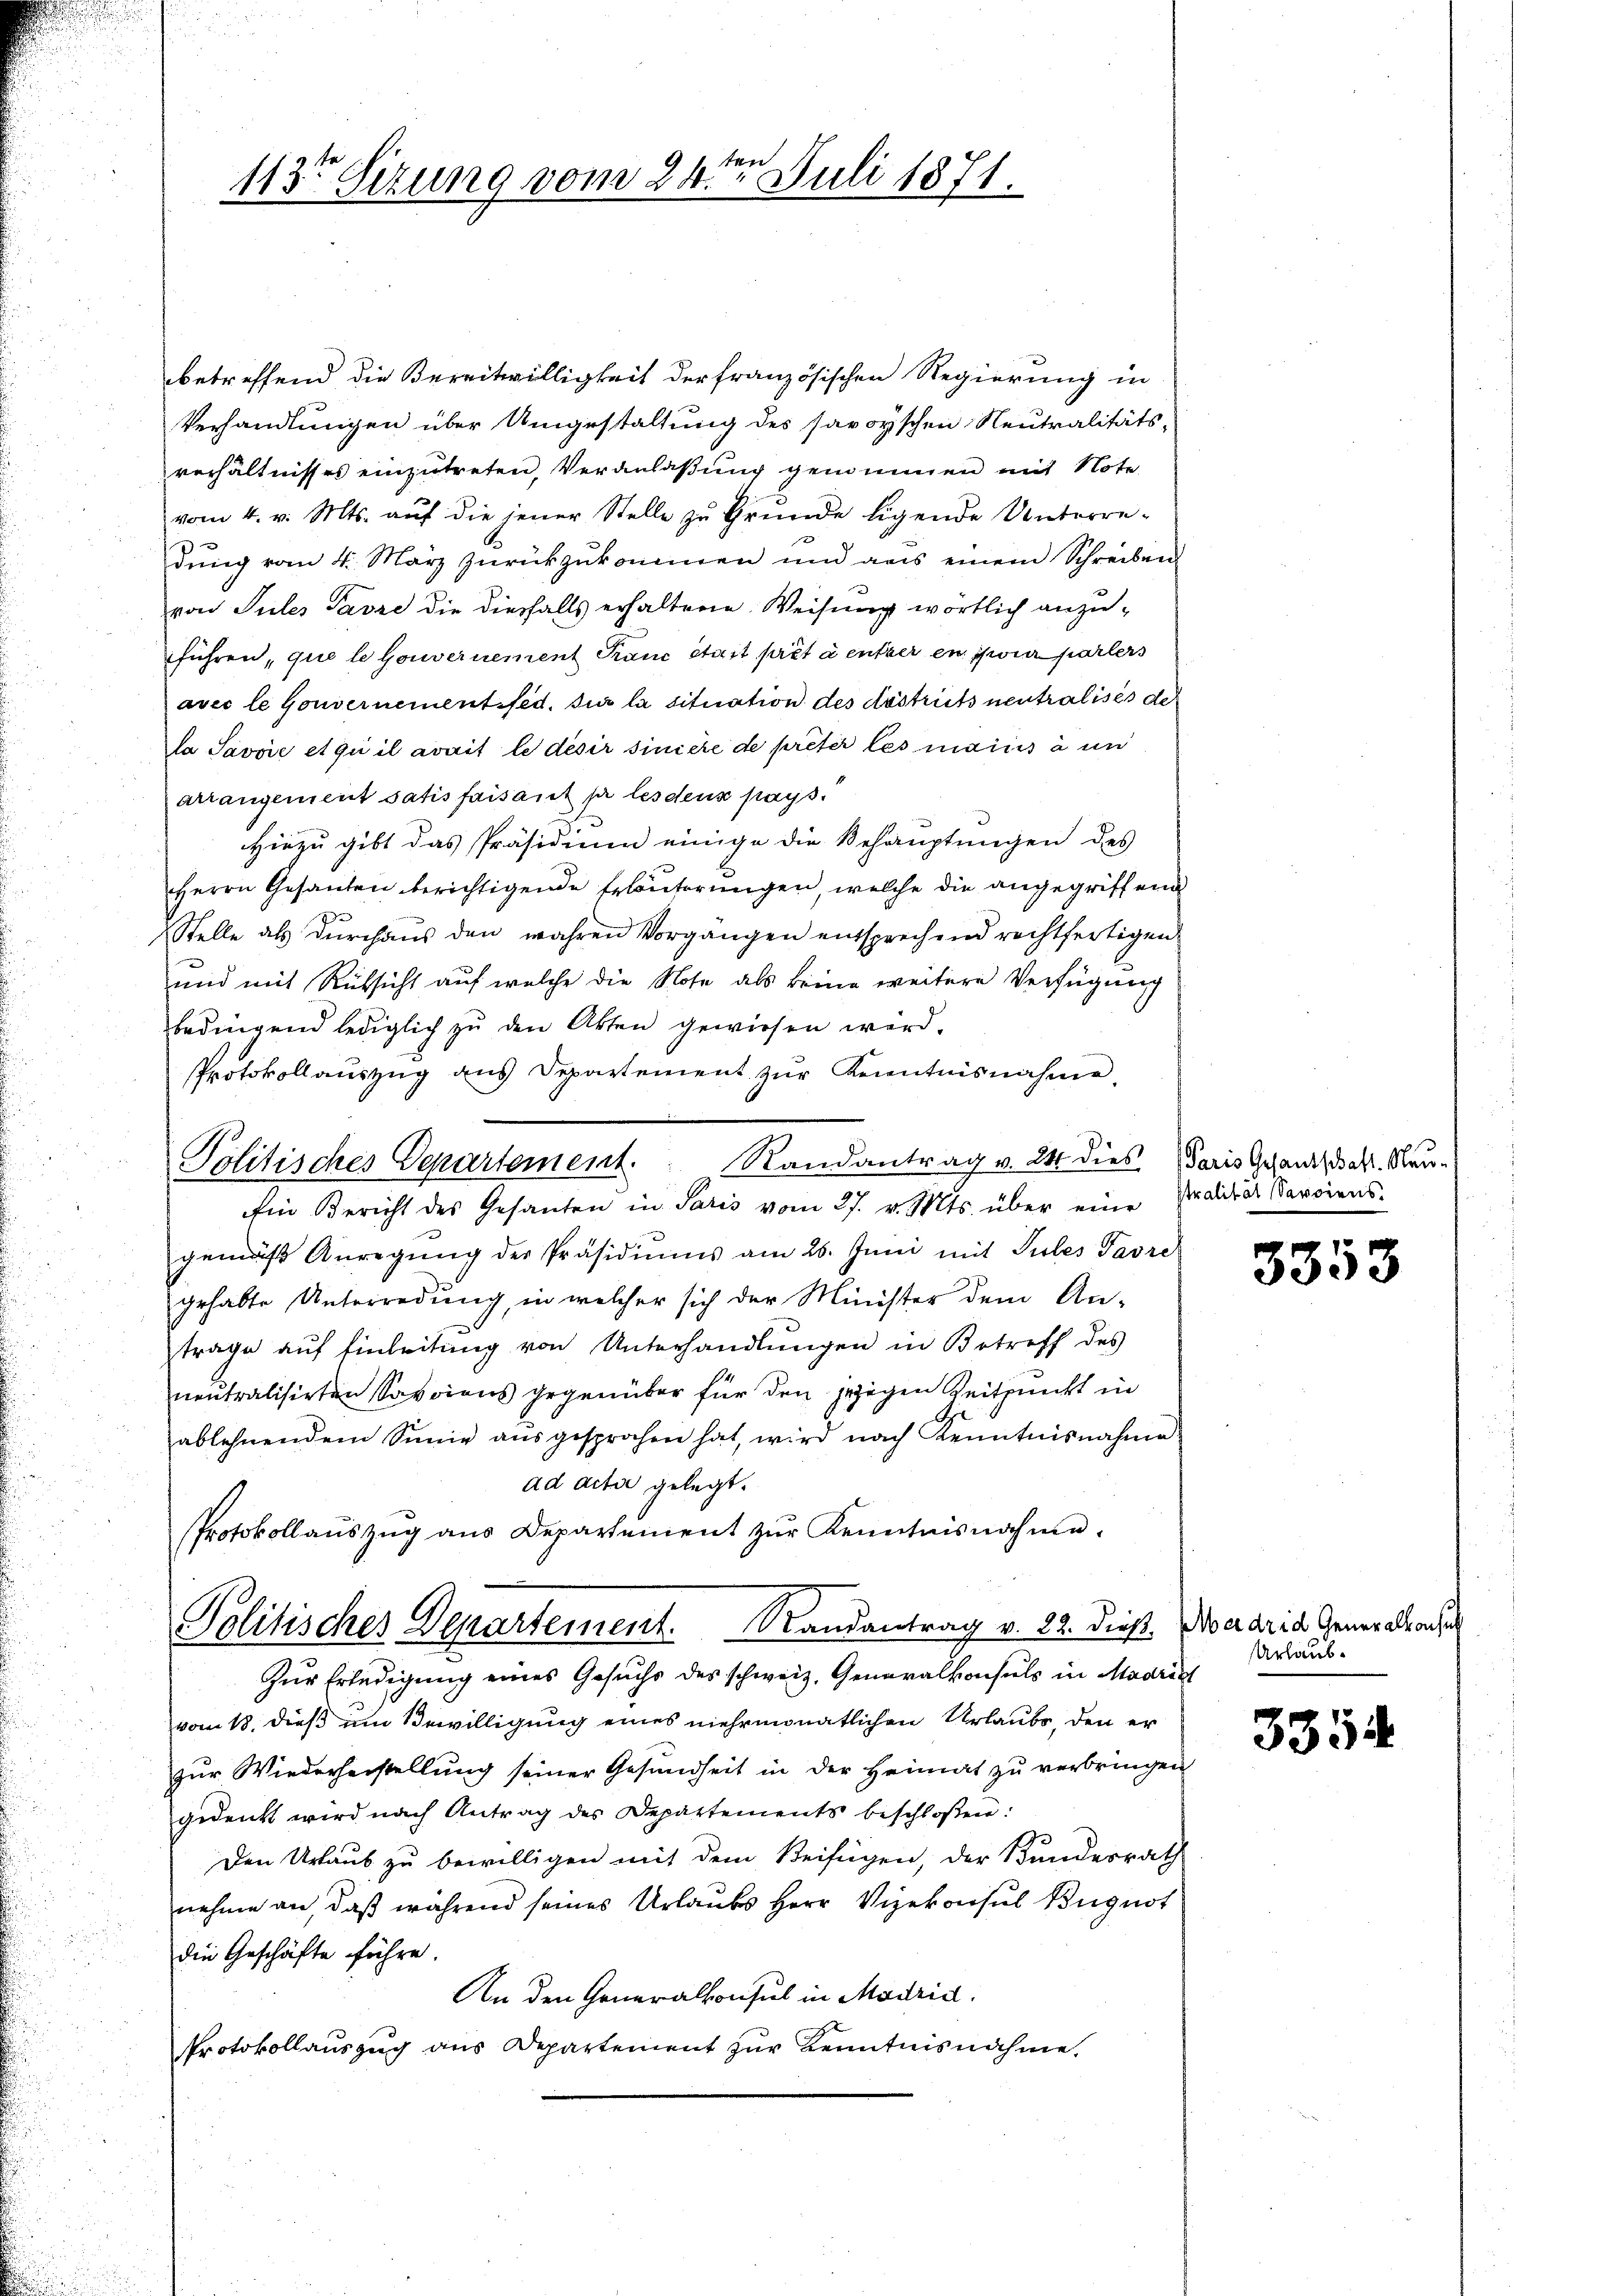
b.
ten
113t Setzung vom 24. Juli 1871.

betreffend die Bereitwilligkeit der französischen Regierung in
Verhandlungen über Umgestaltung des savoyischen Neutralitäts-
verhältnisses einzutreten, Veranlaßung genommen mit Note
vom 4. v. Mts. aŭf die jener Stelle zŭ Grŭnde ligende Unterre-
dung vom 4. März zurückzukommen und aus einem Schreiben
von Sules Pavre die diesfalls erhaltene Weisung wörtlich anzuführen, que le Gouvernement Franc statt prêt à entzer en jouir parters
avec le Gouvernementsfed. sur la situation des dastricts neutralisés der
la Savoie et qui il avait le desir siniche de prêter les mains à un
arrangement satis faisant par les dens pays.
Hiezu gibt das Präsidium einige die Behauptungen des
Herrn Gesanden berichtigende Erläuterungen, welche die angegriffend
Stelle als Durchaus den wahren Vorgangen entsprechend rechtfertigen
und mit Rücksicht auf welche die Note als keine weitere Verfügung
bedingend lediglich zŭ den Akten gewiesen werd.
Protokollauszug aus Departement zur Kenntnisnahme.
Ein Bericht des Gesanten in Paris vom 27. v. Mts. über eine Pradikat Serviens-
gemäß Anregŭng der Präsidiums am 26. Juni mit Pules Tavre
gehabte Unterredung, in welcher sich der Minister dem An-
trage auf Einleitung von Unterhandlungen in Betreff des
neutralisirten Soviens gegenüber für den jezigen Zeitpunkt in
ablehnendem Sinie aŭsgesprochen hat, wird nach Kenntnisnahme
ad acta gelegt.
Protokollaŭszŭg ans Departement zŭr Kenntnisnahme.
Politisches Departement. Randantrag v. 22. dieß, Madrid Gener Brach
Zur Erledigung eines Gesuchs des schweiz. Generalkonsuls in Madrist
vom 18. dieß um Bewilligung eines mehrmonatlichen Urlaube, den er
zur Wiederherstellung seiner Gesundheit in der Heimat zu verbringen
gedenk wird nach Antrag des Departements beschloßen:
Den Urlaub zu bewilligen mit dem Beifügen, der Bundesrath
nehme an, daß während seines Urlaubes Herr Vizekonsul Bügnot
die Geschäfte führe.
An den Generalkonsul in Madrid.
Protokollauszug aus Departement zur Kenntnisnahme,

Politisches Departement. Randantrag v. 24 dies

Paris Gesandschaft. Neu¬

3353

Urlaub¬

3354